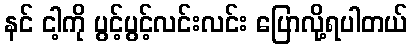
နင် ငါ့ကို ပွင့်ပွင့်လင်းလင်း ပြောလို့ရပါတယ်